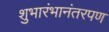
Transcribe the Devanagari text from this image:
शुभारंभानंतरपण